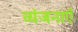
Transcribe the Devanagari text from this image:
व्यंजनाएँ